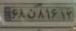
۶۸ن۸۱۶۱۲